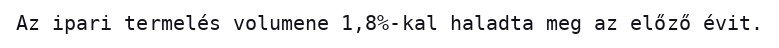
Az ipari termelés volumene 1,8%-kal haladta meg az előző évit.